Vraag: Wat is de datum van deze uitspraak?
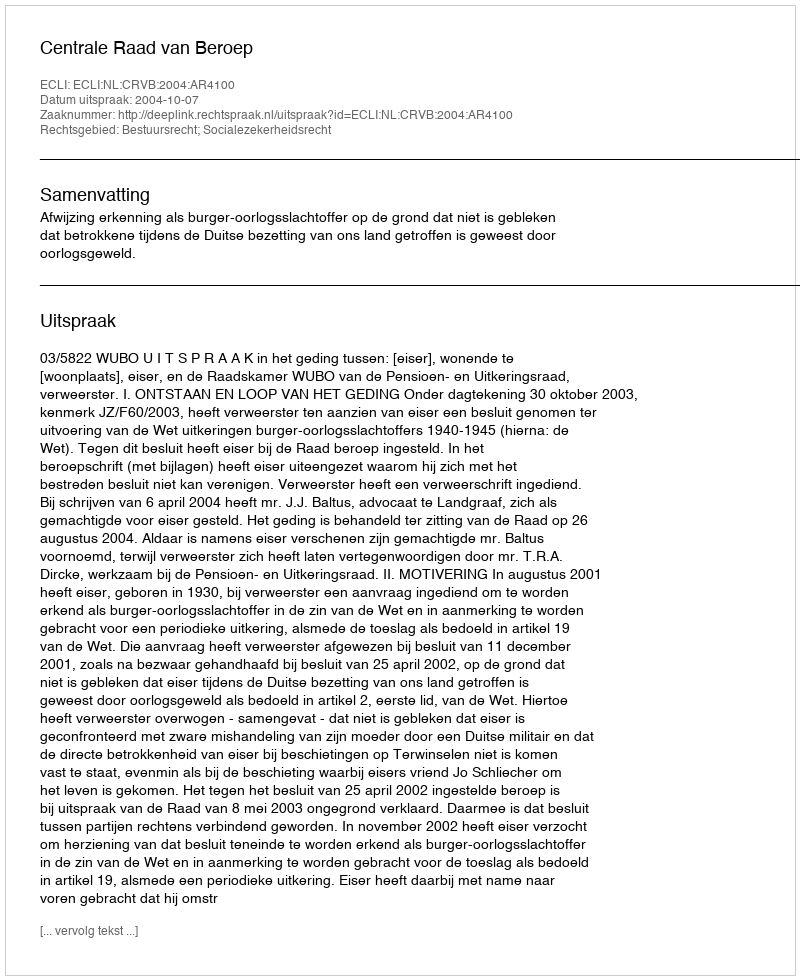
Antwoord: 2004-10-07